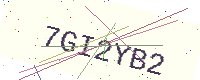
Text: 7GI2YB2